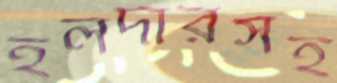
হলদারসহ